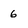
Character: 6